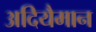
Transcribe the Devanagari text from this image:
अदियैमान